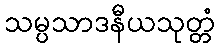
သမ္ပသာဒနီယသုတ္တံ